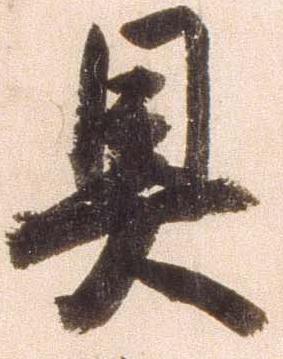
具